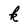
Character: k